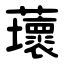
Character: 蘾